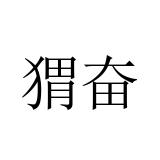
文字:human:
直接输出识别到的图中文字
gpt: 猬奋